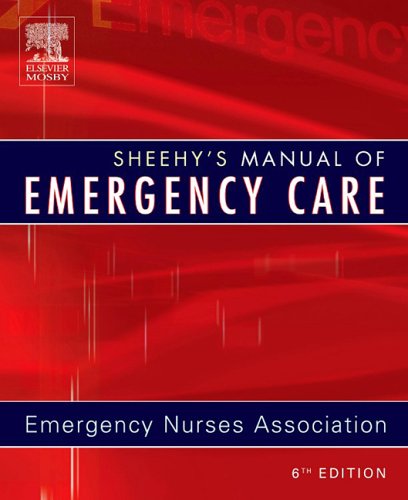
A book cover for Sheehy's Manual of Emergency Care, 6e (Newberry, Sheehy's Manual of Emergency Care); ENA; Medical Books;